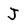
Character: J